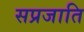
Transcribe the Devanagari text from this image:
सप्रजाति